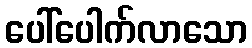
ပေါ်ပေါက်လာသော